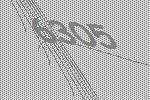
6305